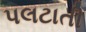
પલટાતી